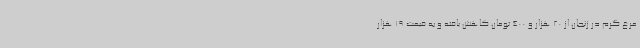
مرغ گرم در زنجان از 20 هزار و 400 تومان کاهش یافته و به قیمت 19 هزار